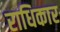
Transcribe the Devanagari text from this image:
राधिकार